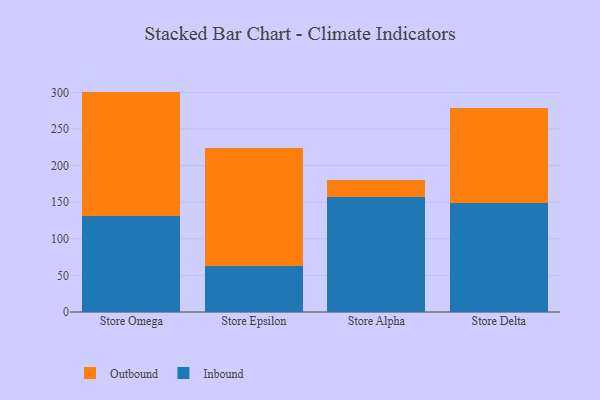
{"axis": {"x": "Store", "y": "Customer Acquisition Cost (USD)"}, "legend": ["Inbound", "Outbound"], "data": [{"x": "Store Omega", "y": 131.4, "type": "Inbound"}, {"x": "Store Omega", "y": 169.6, "type": "Outbound"}, {"x": "Store Epsilon", "y": 62.2, "type": "Inbound"}, {"x": "Store Epsilon", "y": 162.3, "type": "Outbound"}, {"x": "Store Alpha", "y": 157.4, "type": "Inbound"}, {"x": "Store Alpha", "y": 23.5, "type": "Outbound"}, {"x": "Store Delta", "y": 148.2, "type": "Inbound"}, {"x": "Store Delta", "y": 130.5, "type": "Outbound"}]}